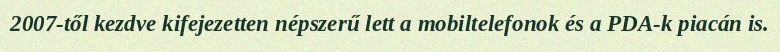
2007-től kezdve kifejezetten népszerű lett a mobiltelefonok és a PDA-k piacán is.